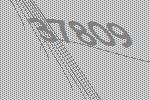
37809